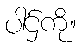
ပါဌ်ကို။